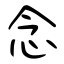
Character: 念